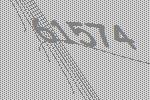
61574